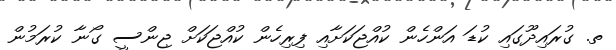
ތ. ގުރައިދޫގައި ކުޑަ އަންހެން ކުއްޖަކަށާއި ފިރިހެން ކުއްޖަކަށް ޖިންސީ ގޯނާ ކުރަމުން